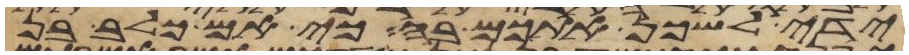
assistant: ידי לשכן אתכם בה כי אם כלב בן